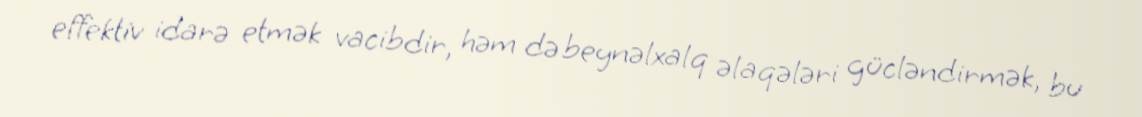
effektiv idarə etmək vacibdir, həm də beynəlxalq əlaqələri gücləndirmək, bu